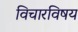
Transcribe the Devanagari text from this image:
विचारविषय